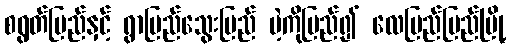
စရွတ်ပြည်နှင့် ရွာပြည်သွေးပြည် မဲ့ကိုပြည်၍ လေပြည်ပြည်မြို့